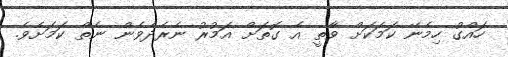
ހައްގު ހިމެނޭ ކަމަކަށް ވާތީ އެ ގޮތަށް އަމުރު ނެރެދެވެން ނެތް ކަމަށެވެ.